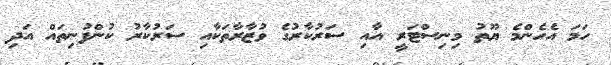
ހަމަ އެހެންމެ ޔޫތު މިނިސްޓަރީ އާއި ސަރުކާރުގެ ވުޒާރާތަކާއި ސަރުކާރު ކުންފުނިތައް އަދި